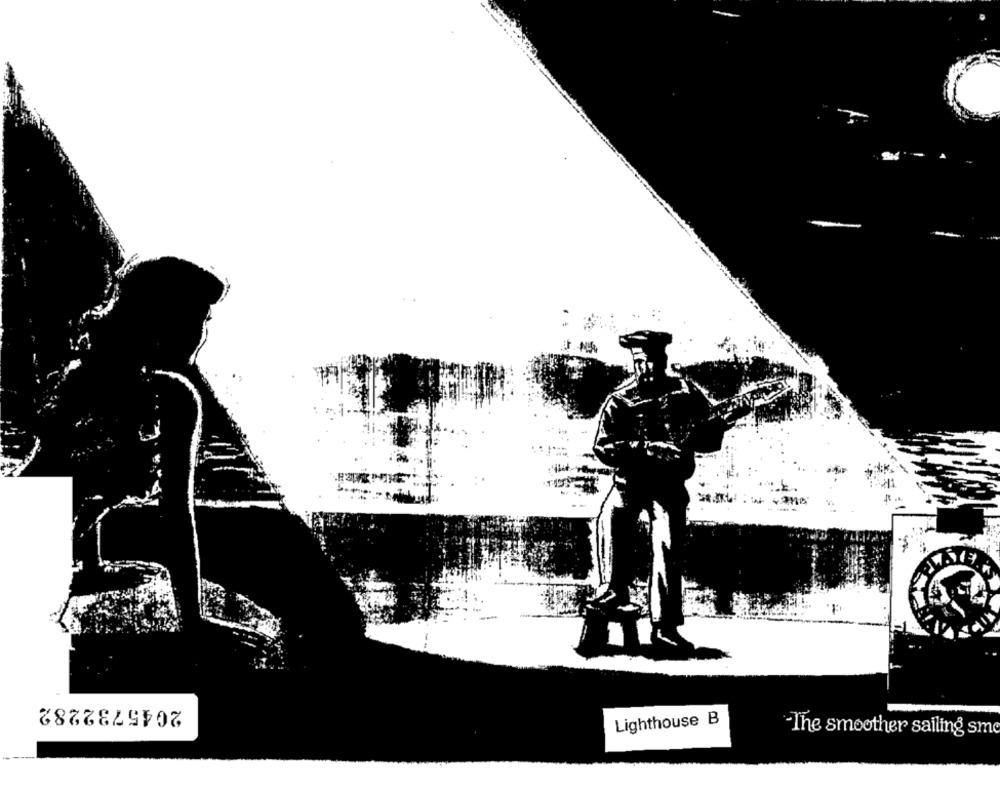
N2
2045732282
Lighthouse B
-The smoother sailing sm